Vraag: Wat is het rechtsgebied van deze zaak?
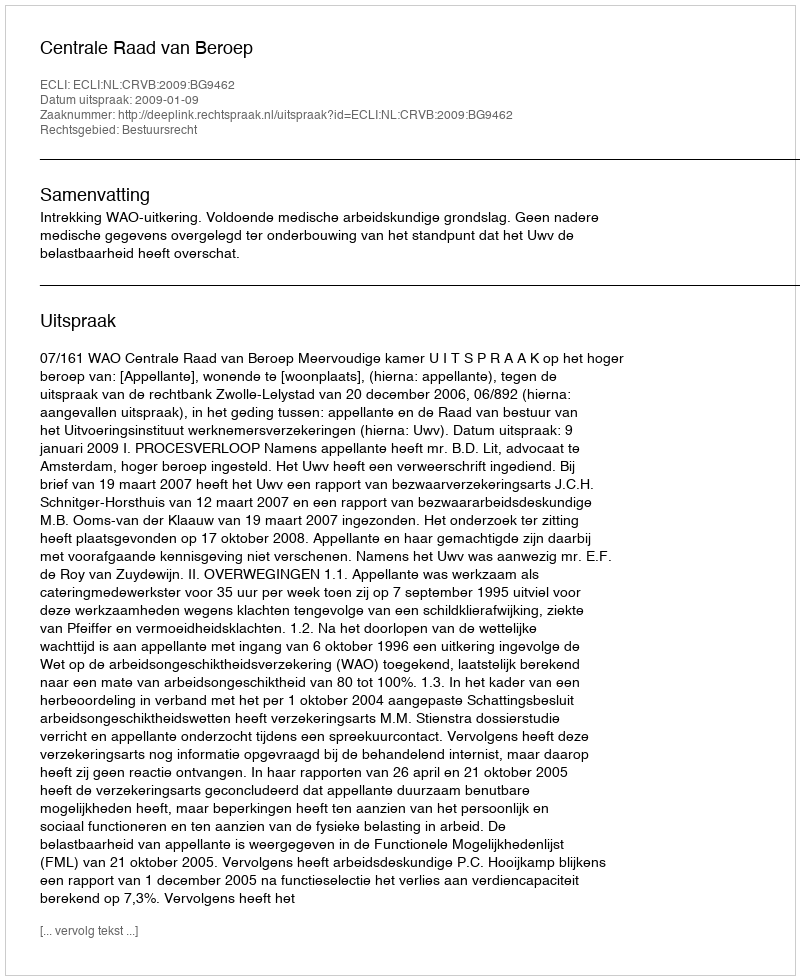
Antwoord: Bestuursrecht